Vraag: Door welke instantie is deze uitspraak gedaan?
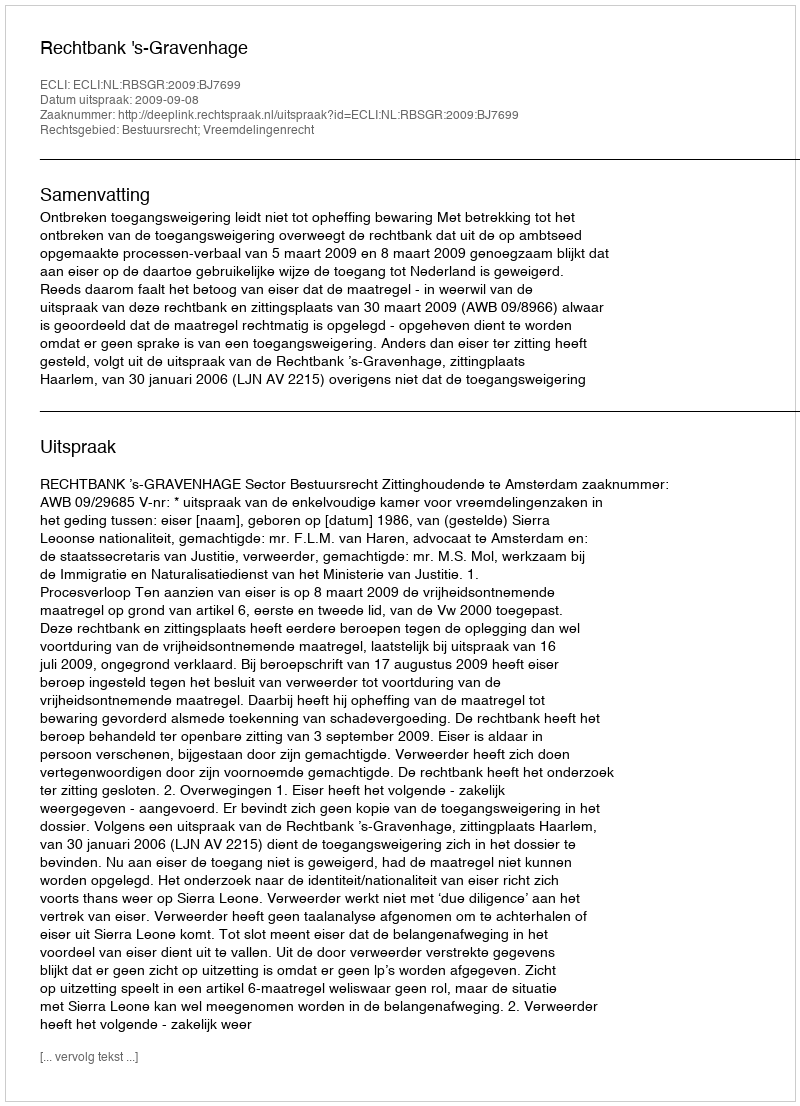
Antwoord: Rechtbank 's-Gravenhage